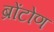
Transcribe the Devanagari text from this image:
ब्रोंटोण